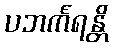
ပဘင်္ကရန္တိ